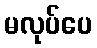
မလုပ်ပေ